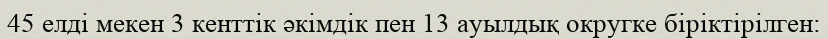
45 елді мекен 3 кенттік әкімдік пен 13 ауылдық округке біріктірілген: